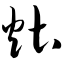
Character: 灶